Report on vaccination in the Province of Bengal - 1874-1889
Year: 1874
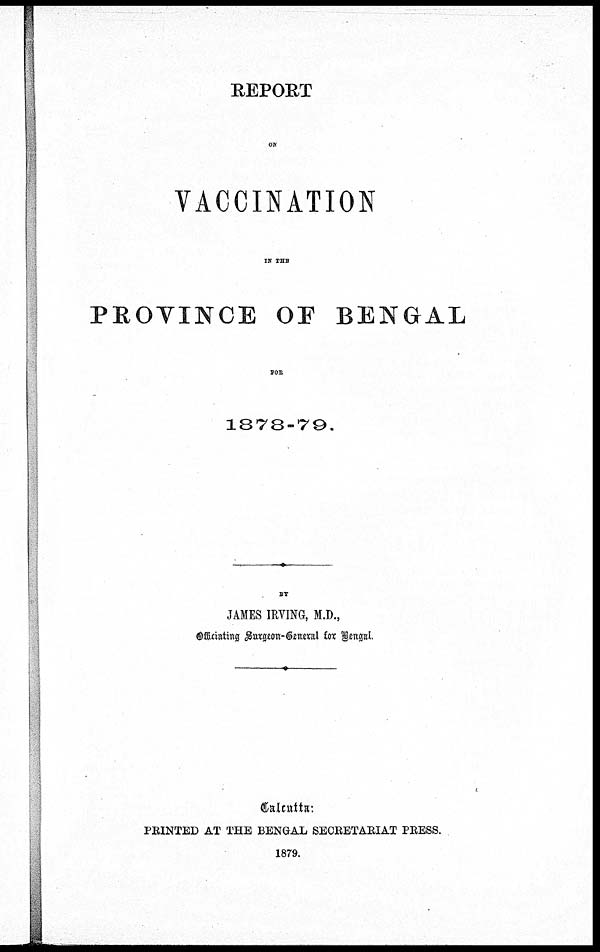
REPORT
ON
VACCINATION
IN THE
PROVINCE OF BENGAL
FOR
1878-79.
BY
JAMES IRVING, M.D.,
Officiating Surgeon-General for Bengal.
Calcutta:
PRINTED AT THE BENGAL SECRETARIAT PRESS.
1879.